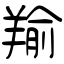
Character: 羭